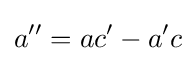
a''=ac'-a'c